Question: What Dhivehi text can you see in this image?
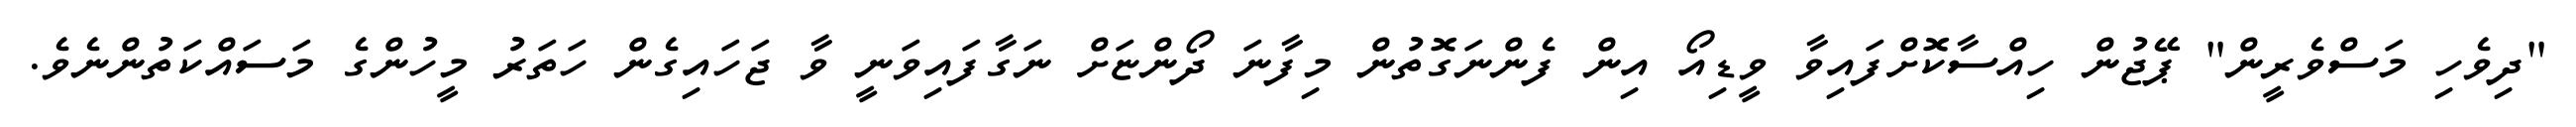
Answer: "ދިވެހި މަސްވެރީން" ޕޭޖުން ހިއްސާކޮށްފައިވާ ވީޑިއޯ އިން ފެންނަގޮތުން މިފާނަ ދޯންޏަށް ނަގާފައިވަނީ ވާ ޖަހައިގެން ހަތަރު މީހުންގެ މަސައްކަތުންނެވެ.